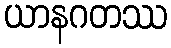
ယာနဂတဿ